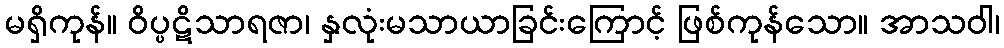
မရှိကုန်။ ဝိပ္ပဋိသာရဇာ၊ နှလုံးမသာယာခြင်းကြောင့် ဖြစ်ကုန်သော။ အာသဝါ၊